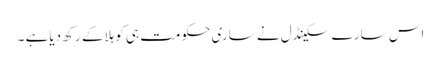
اس سارے سکینڈل نے ساری حکومت ہی کو ہلاکے رکھ دیاہے ۔